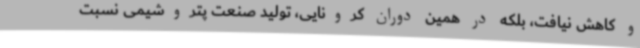
و کاهش نیافت، بلکه در همین دوران کرونایی، تولید صنعت پتروشیمی نسبت